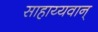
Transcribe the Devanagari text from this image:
साहाय्यवान्